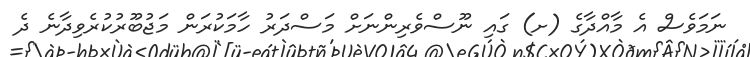
ނަމަވެސް އެ މާއްދާގެ (ށ) ގައި ނޫސްވެރިންނަށް މަސްދަރު ހާމަކުރަން މަޖުބޫރުކުރެވިދާނެ ދެ